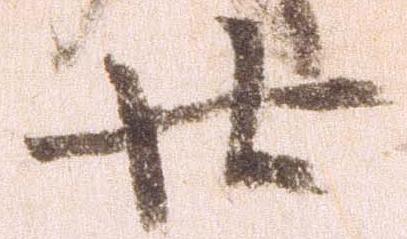
廿